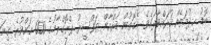
ބޮޑު ޚިދުމަތެއް ކުރައްވާފައެވެ. އެގޮތުން ޤުރްއާން ތަފްސީރު ޕްރޮގްރާމުގެ 600 އަށްވުރެ ގިނަ